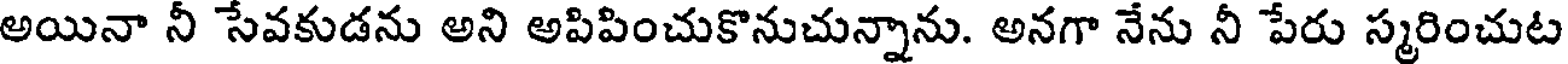
అయినా నీ సేవకుడను అని అపిపించుకొనుచున్నాను. అనగా నేను నీ పేరు స్మరించుట